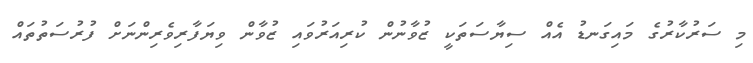
މި ސަރުކާރުގެ މައިގަނޑު އެއް ސިޔާސަތަކީ ޒުވާނުން ކުރިއަރުވައި ޒުވާން ވިޔަފާރިވެރިންނަށް ފުރުސަތުތައް